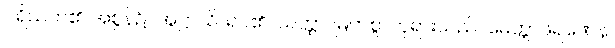
ပရိသတ်၏ အစွန်၌။ အဋ္ဌာသိ၊ ရပ်၏။ သတ္ထာ၊ မြတ်စွာဘုရားသည်။ မေတ္တာဖရဏေန၊